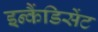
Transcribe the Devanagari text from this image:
इन्कैंडिसेंट